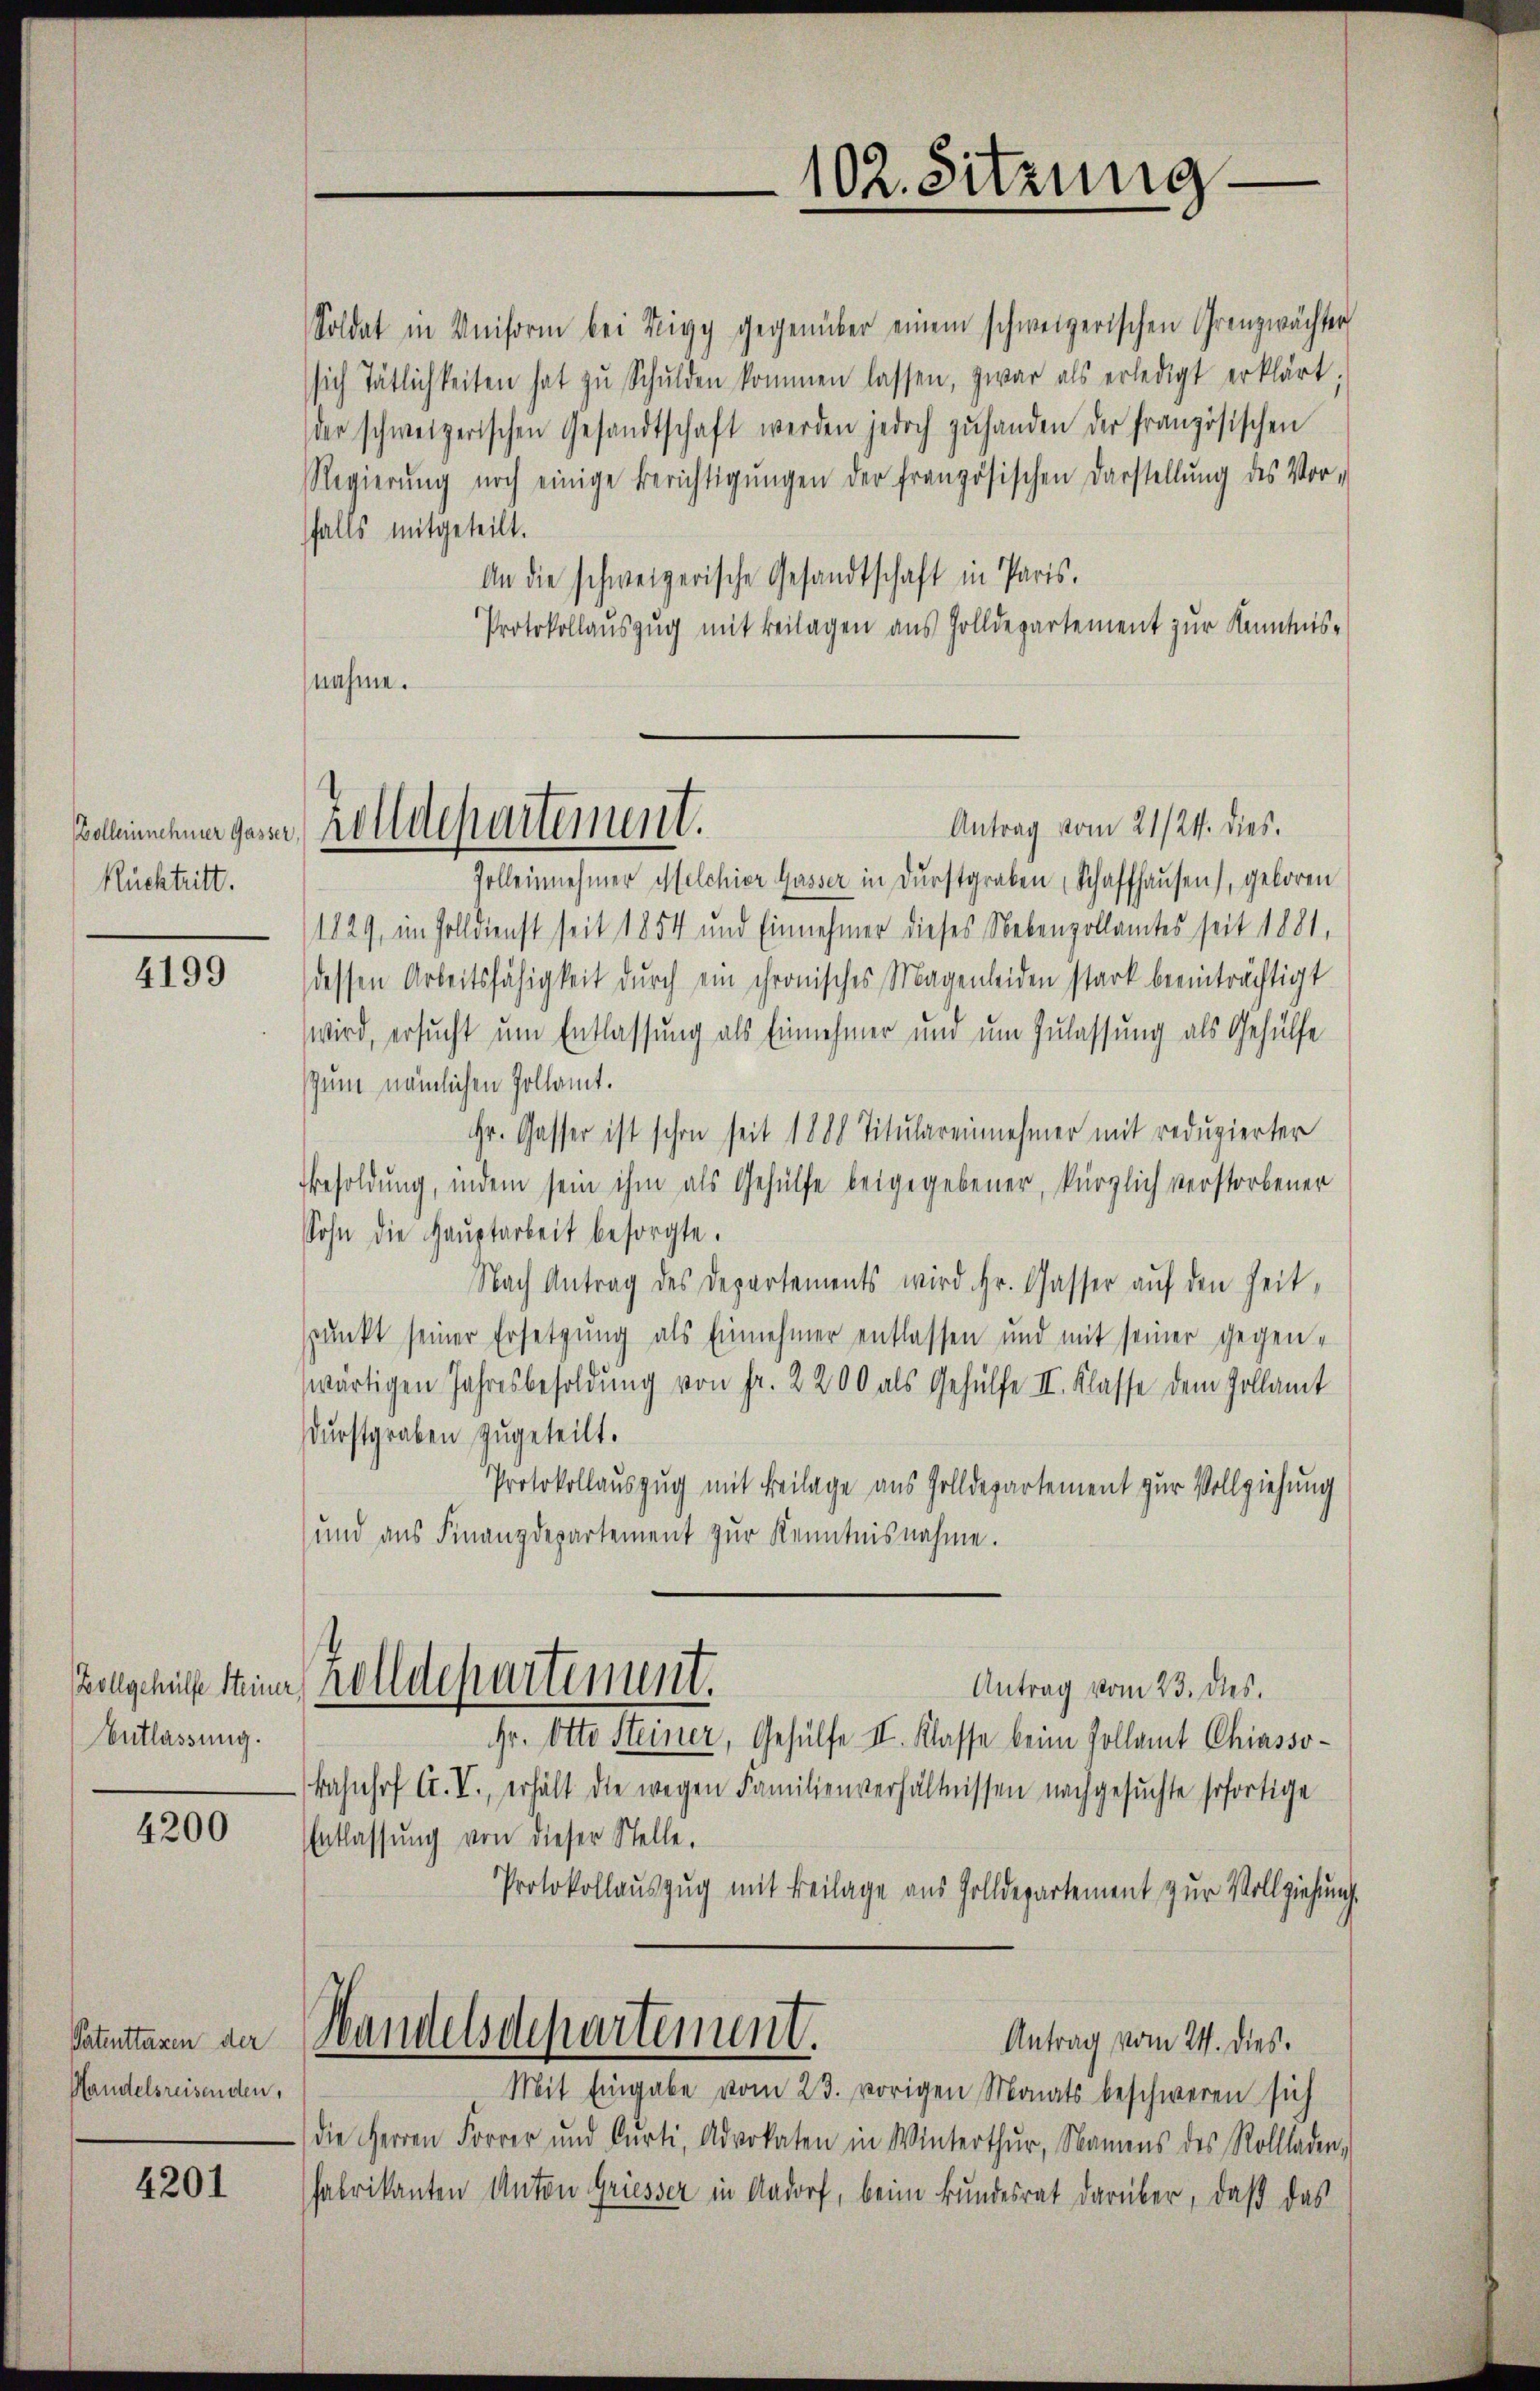
Volleinnehmer Gasser
Rücktritt.

4199

Zollgehülfe Steiner
Entlassung.

4200

Patenttaxen der
Handelsreisenden,

4201

Soldat in Uniform bei Teigg gegenüber einem schweizerischen Grenzwächter
sich tätlichkeiten hat zŭ Schulden kommen lassen, zwar als erledigt erklärt.
der schweizerischen Gesandtschaft werden jedoch zuhanden der französischen
Regierŭng noch einige Berichtigŭngen der französischen Darstellŭng des Vor-
falls mitgeteilt.
An die schweizerische Gesandtschaft in Paris.
Protokollauszug mit Beilagen aus Zolldepartement zur Kenntnis-
nahme.

Antrag vom 21/24. dies.
Zolleinehmer Melchior Gasser in Durstgraben Schaffhausen), geboren
1829, im Zolldienst seit 1854 und Einnehmer dieses Nebenzollamtes seit 1881.
dessen Arbeitsfähigkeit durch ein chronisches Magenleiden stark beeinträchtigt
wird, ersucht um Entlassung als Einnehmer und um Zulassung als Gehülfe
spum nämlichen Hollamt.
Hr. Gasser ist schon seit 1888 Titulareinnehmer mit reduzierter
Besoldung, indem sein ihm als Gehülfe beigegebener, kürzlich verstorbener
Sohn die Haŭptarbeit besorgte.
Nach Antrag des Departements wird Hr. Gasser aŭf den Zeitspunkt seiner Ersetzung als Einnehmer entlassen und mit seiner gegenwärtigen Jahresbesoldung von Fr. 2200 als Gehülfe II. Klasse dem Zollamt
durstgraben zugeteilt.
Protokollauszug mit Beilage aus Zolldepartement zur Vollziehung
und aus Finanzdepartement zur Kenntnisnahme.
rolldepartement.
Antrag vom 23. dies.
Gr. Otto Steiner, Gehülfe II. Klasse beim Pollamt Chiasso-
Bahnhof A. V., erhält die wegen Familienverhältnissen nachgesuchte sofortige
Entlassŭng von dieser Stelle,
Protokollauszug mit Beilage aus Zolldepartement zur Vollziehung
Handelsdepartement.
Antrag vom 24. dies.
Mit Eingabe vom 23. vorigen Monats beschweren sich
die Herren Forrer und Curti, Advokaten in Winterthur, Namens des Rollladen,
fabrikanten Anton Griesser in Aadorf, beim Bundesrat darüber, daß das

Zolldepartement.

102. Sitzung